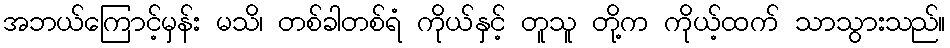
အဘယ်ကြောင့်မှန်း မသိ၊ တစ်ခါတစ်ရံ ကိုယ်နှင့် တူသူ တို့က ကိုယ့်ထက် သာသွားသည်။